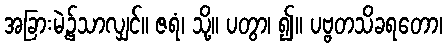
အခြားမဲ့၌သာလျှင်။ ဇရံ၊ သို့။ ပတွာ၊ ၍။ ပဗ္ဗတသိခရတော၊